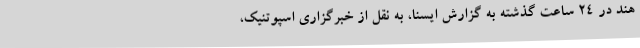
هند در 24 ساعت گذشته به گزارش ایسنا، به نقل از خبرگزاری اسپوتنیک،